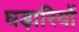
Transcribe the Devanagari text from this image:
घड़ारियों